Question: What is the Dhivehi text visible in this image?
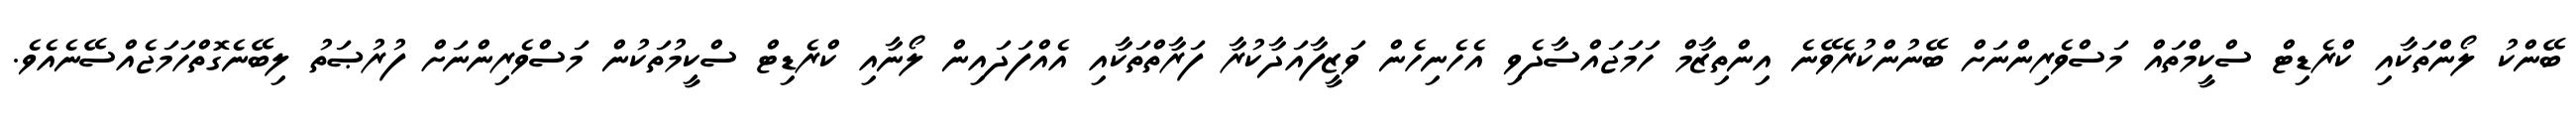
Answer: ބޭންކު ލޯންތަކާއި ކްރެޑިޓް ސްކީމްތައް މަސްވެރިންނަށް ބޭނުންކުރެވޭނެ އިންތިޒާމް ހަމަޖައްސާދެވި އެހެނިހެން ވަޒީފާއަދާކުރާ ފަރާތްތަކާއި އެއްފަދައިން ލޯނާއި ކްރެޑިޓް ސްކީމުތަކުން މަސްވެރިންނަށް ފުރުޞަތު ލިބޭނެގޮތްހަމަޖެއްސޭނެއެވެ.